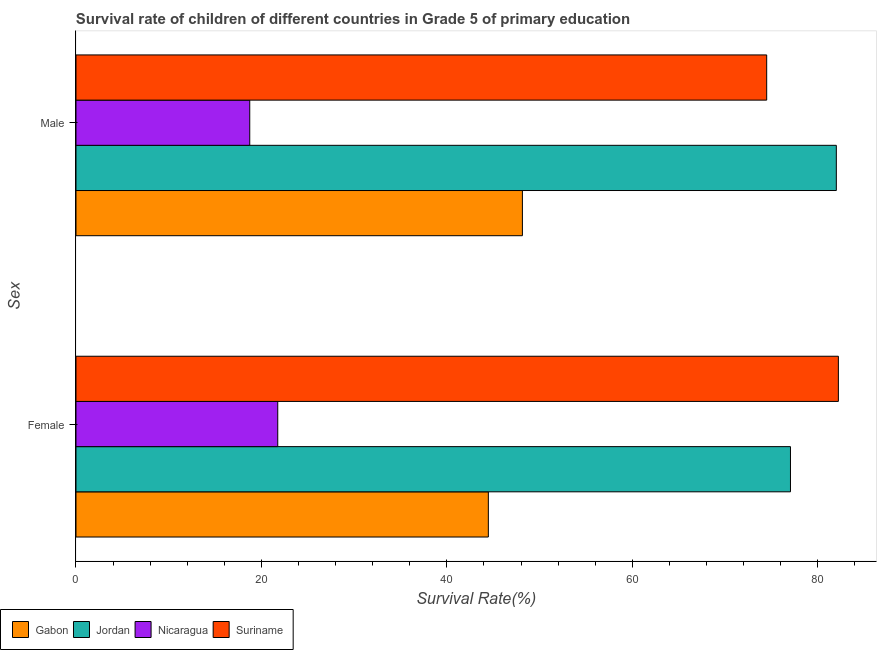
| Sex | Gabon | Jordan | Nicaragua | Suriname |
 | --- | --- | --- | --- | --- |
 | Female | 44.5 | 77.1 | 21.8 | 82.2 |
 | Male | 48.1 | 82 | 18.7 | 74.5 |